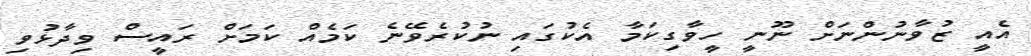
އެއީ ޒުވާނުންނަށް ނޫނީ ހީވާގިކަމާ އެކުގައި ނުކުރެވޭނެ ކަމެއް ކަމަށް ރައީސް ވިދާޅުވި